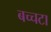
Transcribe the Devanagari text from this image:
बच्चटा